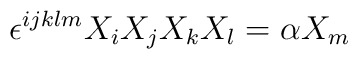
\epsilon^{ijklm}  X_i X_j X_k X_l = \alpha X_m